system: You are a helpful assistant.
user:
Analyze the provided spectrum to determine if it is a **Carbon Star (C-type)**.

- **Key Visual Indicators of Carbon Star:**
    - **(Primary):** Strong molecular absorption from **C₂ (diatomic carbon) "Swan Bands."** This is the **defining feature** of a carbon star.
        - **(Key Bandheads):** Sharp absorption edges are visible at approximately $5635$ Å, $5165$ Å (the strongest band), and $4737$ Å.
        - **(Line Profile):** Creates a distinct **"saw-tooth"** pattern. The key morphology is a sharp, steep bandhead on the **red (long-wavelength) side**, which then gradually tapers off (i.e., flux recovers) towards the **blue (short-wavelength) side**. *(This is the direct opposite of the TiO bands seen in M-type stars)*.

    - **(Secondary):** Intense **CN (cyanogen)** molecular absorption bands.
        - **(Key Bandheads):** Located in the blue and violet regions of the spectrum (e.g., near $4215$ Å and $3883$ Å).
        - **(Morphology):** These bands are extremely broad and act as a "blanket," absorbing the vast majority of blue and violet light. This creates a characteristic **"cliff"** or **"steep drop-off"** in the spectrum's flux at short wavelengths.

    - **(Key Confirmation):** Strong **CH absorption band (G-band)**.
        - **(Key Bandhead):** Located around $4300$ Å. The contribution from CH molecules to this band is exceptionally strong.

    - **(Overall Spectrum):**
        - The continuum is severely "chopped up" by these deep molecular bands, especially C₂, rather than appearing as a smooth curve.
        - Due to the heavy CN and C₂ absorption in the blue-green, the vast majority of the star's flux is concentrated in the red part of the spectrum, giving the star its characteristic deep red color.

Think first, call **spectral_visualization_tool** if needed to examine features in detail, then provide your final answer. Your response must adhere to the following strict rules:
1.  **Overall Structure:** Your response must follow the format `<think>...</think> <tool_call>...</tool_call> (if a tool is used) <answer>...</answer>`.
2.  **Tool Usage Constraint:** You may only make **one** tool call per turn.
3.  **Final Answer Format:** In the `<answer>` tag, your conclusion must be inside a `\boxed{}` command (e.g., `\boxed{YES}`), followed by your justification.

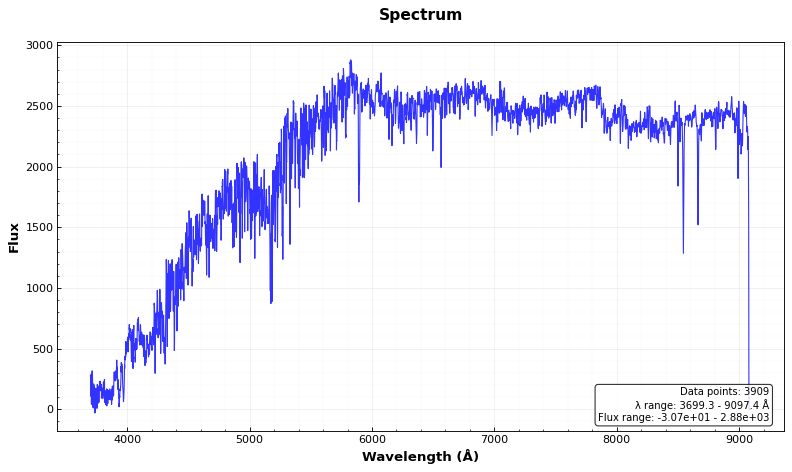
Answer: NO